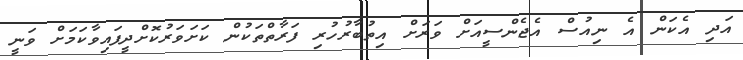
އަދި އެކަން އެ ނިއުސް އެޖެންސީއަށް ވަރަށް އިތުބާރުހުރި ފަރާތްތަކުން ކަށަވަރުކޮށްދީފައިވާކަމަށް ވަނީ